Calcutta medical institutions reports 1879-81 [i.e.91]
Year: 1879
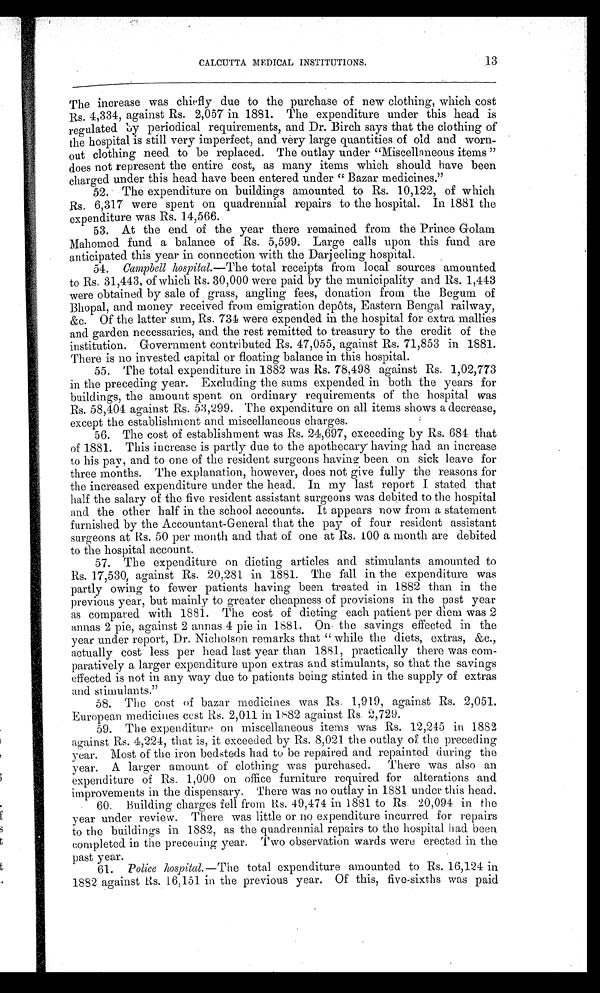
CALCUTTA MEDICAL INSTITUTIONS.
13
The increase was chiefly due to the purchase of new clothing, which cost
Rs. 4,334, against Rs. 2,057 in 1881. The expenditure under this head is
regulated by periodical requirements, and Dr. Birch says that the clothing of
the hospital is still very imperfect, and very large quantities of old and worn-
out clothing need to be replaced. The outlay under “Miscellaneous items ”
does not represent the entire cost, as many items which should have been
charged under this head have been entered under “ Bazar medicines.”
52. The expenditure on buildings amounted to Rs. 10,122, of which
Rs. 6,317 were spent on quadrennial repairs to the hospital. In 1881 the
expenditure was Rs. 14,566.
53. At the end of the year there remained from the Prince Golam
Mahomed fund a balance of Rs. 5,599. Large calls upon this fund are
anticipated this year in connection with the Darjeeling hospital.
54. Campbell hospital.— The total receipts from local sources amounted
to Rs. 31,443, of which Rs. 30,000 were paid by the municipality and Rs. 1,443
were obtained by sale of grass, angling fees, donation from the Begum of
Bhopal, and money received from emigration depôts, Eastern Bengal railway,
&c. Of the latter sum, Rs. 734 were expended in the hospital for extra mallies
and garden necessaries, and the rest remitted to treasury to the credit of the
institution. Government contributed Rs. 47,055, against Rs. 71,853 in 1881.
There is no invested capital or floating balance in this hospital.
55. The total expenditure in 1882 was Rs. 78,498 against Rs. 1,02,773
in the preceding year. Excluding the sums expended in both the years for
buildings, the amount spent on ordinary requirements of the hospital was
Rs. 58,404 against Rs. 53,299. The expenditure on all items shows a decrease,
except the establishment and miscellaneous charges.
56. The cost of establishment was Rs. 24,697, exceeding by Rs. 684 that
of 1881. This increase is partly due to the apothecary having had an increase
to his pay, and to one of the resident surgeons having been on sick leave for
three months. The explanation, however, does not give fully the reasons for
the increased expenditure under the head. In my last report I stated that
half the salary of the five resident assistant surgeons was debited to the hospital
and the other half in the school accounts. It appears now from a statement
furnished by the Accountant-General that the pay of four resident assistant
surgeons at Rs. 50 per month and that of one at Rs. 100 a month are debited
to the hospital account.
57. The expenditure on dieting articles and stimulants amounted to
Rs. 17,530, against Rs. 20,281 in 1881. The fall in the expenditure was
partly owing to fewer patients having been treated in 1882 than in the
previous year, but mainly to greater cheapness of provisions in the past year
as compared with 1881. The cost of dieting each patient per diem was 2
annas 2 pie, against 2 annas 4 pie in 1881. On the savings effected in the
year under report, Dr. Nicholson remarks that “ while the diets, extras, &c.,
actually cost less per head last year than 1881, practically there was com-
paratively a larger expenditure upon extras and stimulants, so that the savings
effected is not in any way due to patients being stinted in the supply of extras
and stimulants.”
58. The cost of bazar medicines was Rs. 1,919, against Rs. 2,051.
European medicines cost Rs. 2,011 in 1882 against Rs. 2,729.
59. The expenditure on miscellaneous items was Rs. 12,245 in 1882
against Rs. 4,224, that is, it exceeded by Rs. 8,021 the outlay of the preceding
year. Most of the iron bedsteds had to be repaired and repainted during the
year. A larger amount of clothing was purchased. There was also an
expenditure of Rs. 1,000 on office furniture required for alterations and
improvements in the dispensary. There was no outlay in 1881 under this head.
60. Building charges fell from Rs. 49,474 in 1881 to Rs. 20,094 in the
year under review. There was little or no expenditure incurred for repairs
to the buildings in 1882, as the quadrennial repairs to the hospital had been
completed in the preceding year. Two observation wards were erected in the
past year.
61. Police hospital.— The total expenditure amounted to Rs. 16,124 in
1882 against Rs. 16,151 in the previous year. Of this, five-sixths was paid